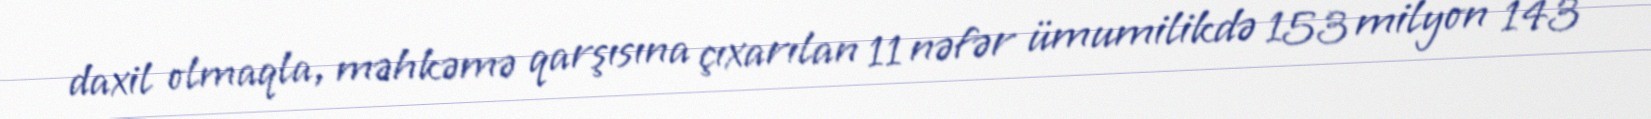
daxil olmaqla, məhkəmə qarşısına çıxarılan 11 nəfər ümumilikdə 153 milyon 143